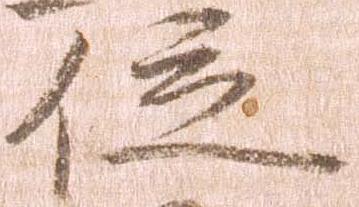
位